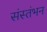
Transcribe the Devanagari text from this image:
संस्तंभन